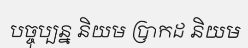
បច្ចុប្បន្ន និយម ប្រាកដ និយម